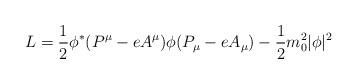
LaTeX: \begin{align*}L = \frac{1}{2} \phi^* (P^\mu - e A^\mu)\phi (P_\mu - e A_\mu)- \frac{1}{2} m_0^2 |\phi|^2\end{align*}